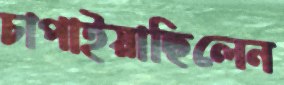
চাপাইয়াছিলেন